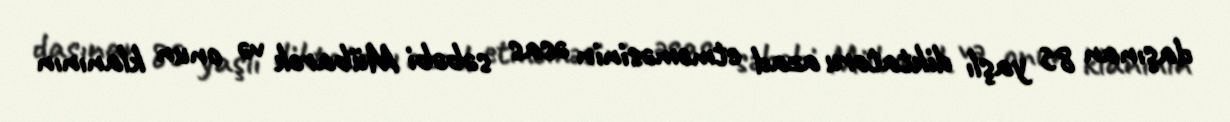
daşınan 85 yaşlı diktatoru azad etməməsinin əsas səbəbi Mübarək və onun klanının